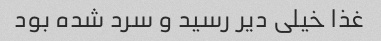
غذا خیلی دیر رسید و سرد شده بود